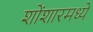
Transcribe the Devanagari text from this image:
शोंशारमध्ये